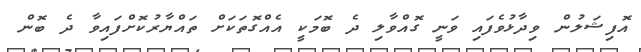
އޮފިޝަލުން ވިދާޅުވެފައި ވަނީ ގޮއްވާލި ދެ ބޮމަކީ އެއްގޮތަކަށް ތައްޔާރުކޮށްފައިވާ ދެ ބޮން